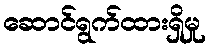
ဆောင်ရွက်ထားရှိမှု